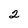
Character: 2